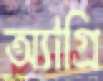
অ্যাগ্রি